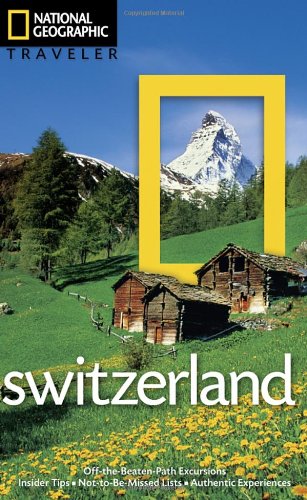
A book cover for National Geographic Traveler: Switzerland; Teresa Fisher; Travel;